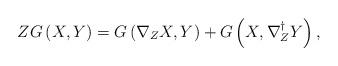
LaTeX: \begin{align*}ZG\left( X,Y\right) =G\left( \nabla _{Z}X,Y\right) +G\left( X,\nabla_{Z}^{\dag }Y\right) , \end{align*}